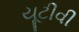
યૂટીવી